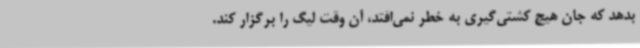
بدهد که جان هیچ کشتی‌گیری به خطر نمی‌افتد، آن وقت لیگ را برگزار کند.